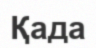
Қада